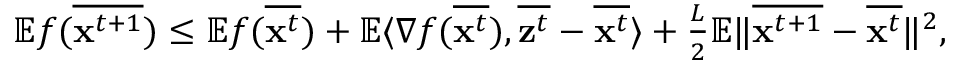
\begin{array} { r } { \mathbb { E } f ( \overline { { { \bf x } ^ { t + 1 } } } ) \leq \mathbb { E } f ( \overline { { { \bf x } ^ { t } } } ) + \mathbb { E } \langle \nabla f ( \overline { { { \bf x } ^ { t } } } ) , \overline { { { \bf z } ^ { t } } } - \overline { { { \bf x } ^ { t } } } \rangle + \frac { L } { 2 } \mathbb { E } \| \overline { { { \bf x } ^ { t + 1 } } } - \overline { { { \bf x } ^ { t } } } \| ^ { 2 } , } \end{array}